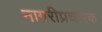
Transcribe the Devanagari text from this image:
नागरीप्रचारक